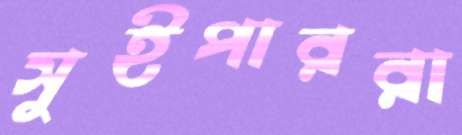
সুইপাররা